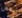
بعض